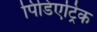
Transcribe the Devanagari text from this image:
पिडिएट्रिक